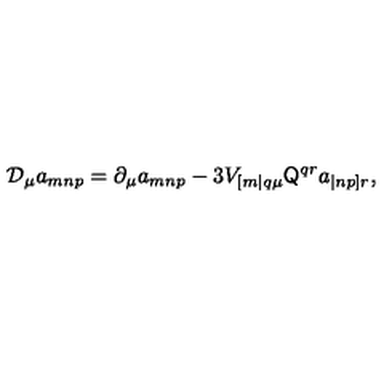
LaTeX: \mathcal { D } _ { \mu } a _ { m n p } = \partial _ { \mu } a _ { m n p } - 3 V _ { [ m | q \mu } \mathsf { Q } ^ { q r } a _ { | n p ] r } ,